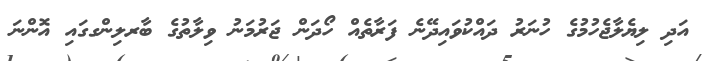
އަދި ލިޔެލާޖެހުމުގެ ހުނަރު ދައްކުވައިދޭނެ ފަރާތެއް ހޯދަން ޖަރުމަނު ވިލާތުގެ ބާރލިންގގައި އޮންނަ